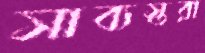
সাব্যস্তরা